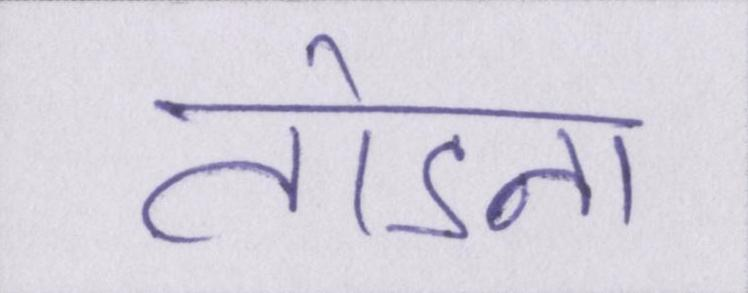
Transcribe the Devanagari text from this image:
तोडना